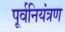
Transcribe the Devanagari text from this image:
पूर्वनियंत्रण